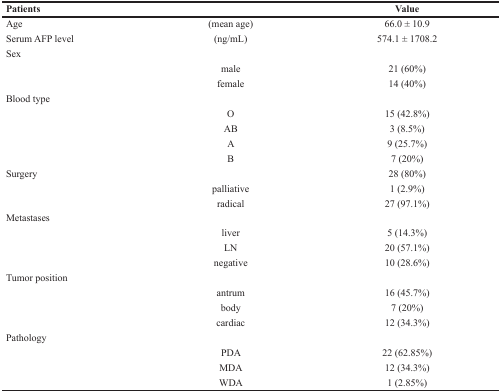
<table><thead><tr><td><b>Patients</b></td><td></td><td><b>Value</b></td></tr></thead><tbody><tr><td>Age</td><td>(mean age)</td><td>66.0 ± 10.9</td></tr><tr><td>Serum AFP level</td><td>(ng/mL)</td><td>574.1 ± 1708.2</td></tr><tr><td>Sex</td><td></td><td></td></tr><tr><td></td><td>male</td><td>21 (60%)</td></tr><tr><td></td><td>female</td><td>14 (40%)</td></tr><tr><td>Blood type</td><td></td><td></td></tr><tr><td></td><td>O</td><td>15 (42.8%)</td></tr><tr><td></td><td>AB</td><td>3 (8.5%)</td></tr><tr><td></td><td>A</td><td>9 (25.7%)</td></tr><tr><td></td><td>B</td><td>7 (20%)</td></tr><tr><td>Surgery</td><td></td><td>28 (80%)</td></tr><tr><td></td><td>palliative</td><td>1 (2.9%)</td></tr><tr><td></td><td>radical</td><td>27 (97.1%)</td></tr><tr><td>Metastases</td><td></td><td></td></tr><tr><td></td><td>liver</td><td>5 (14.3%)</td></tr><tr><td></td><td>LN</td><td>20 (57.1%)</td></tr><tr><td></td><td>negative</td><td>10 (28.6%)</td></tr><tr><td>Tumor position</td><td></td><td></td></tr><tr><td></td><td>antrum</td><td>16 (45.7%)</td></tr><tr><td></td><td>body</td><td>7 (20%)</td></tr><tr><td></td><td>cardiac</td><td>12 (34.3%)</td></tr><tr><td>Pathology</td><td></td><td></td></tr><tr><td></td><td>PDA</td><td>22 (62.85%)</td></tr><tr><td></td><td>MDA</td><td>12 (34.3%)</td></tr><tr><td></td><td>WDA</td><td>1 (2.85%)</td></tr></tbody></table>